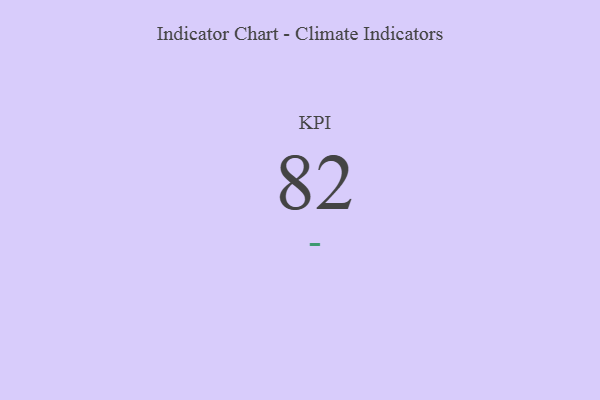
{"axis": {"x": "KPI", "y": "Value"}, "legend": [""], "data": [{"x": "KPI", "y": 82, "type": ""}]}